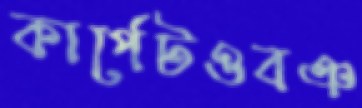
কার্পেটওবঞ